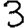
Digit: 3